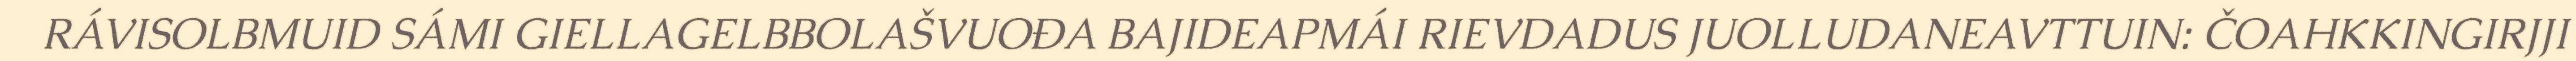
RÁVISOLBMUID SÁMI GIELLAGELBBOLAŠVUOĐA BAJIDEAPMÁI RIEVDADUS JUOLLUDANEAVTTUIN: ČOAHKKINGIRJJI